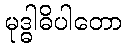
မုဒ္ဓါဓိပါတော